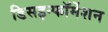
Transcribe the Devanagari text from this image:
डिसइन्फॉर्मेशन